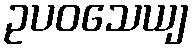
ဥပဝသေယျ